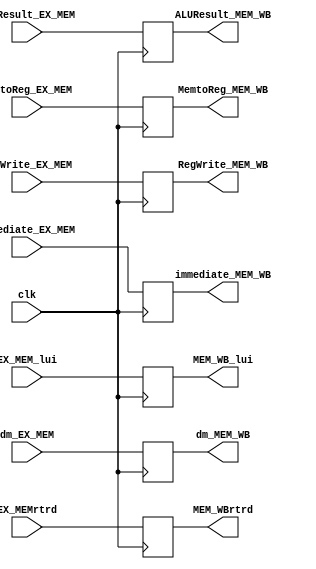
`timescale 1ns / 1ps
//////////////////////////////////////////////////////////////////////////////////
// Company: 
// Engineer: 
// 
// Design Name: 
// Module Name: MEM_WB
// Project Name: 
// Target Devices: 
// Tool Versions: 
// Description: 
// 
// Dependencies: 
// 
// Revision:
// Revision 0.01 - File Created
// Additional Comments:
// 
//////////////////////////////////////////////////////////////////////////////////

module MEM_WB(
    input clk,
    input [31:0] dm_EX_MEM,
    input [31:0] ALUResult_EX_MEM,
    input [31:0] EX_MEM_lui,
    input [4:0] EX_MEMrtrd,
    input MemtoReg_EX_MEM,
    input RegWrite_EX_MEM,
    input immediate_EX_MEM,
    
    
    output reg [31:0] dm_MEM_WB,
    output reg [31:0] ALUResult_MEM_WB,
    output reg [31:0] MEM_WB_lui,
    output reg [4:0] MEM_WBrtrd,
    output reg MemtoReg_MEM_WB,
    output reg RegWrite_MEM_WB,
    output reg immediate_MEM_WB
    );
    
    always @(posedge clk) 
    begin
     dm_MEM_WB = dm_EX_MEM;
     ALUResult_MEM_WB = ALUResult_EX_MEM;
     MEM_WB_lui = EX_MEM_lui;
     MEM_WBrtrd = EX_MEMrtrd;
     MemtoReg_MEM_WB = MemtoReg_EX_MEM;
     RegWrite_MEM_WB = RegWrite_EX_MEM;
     immediate_MEM_WB = immediate_EX_MEM;
     
    end
    
endmodule